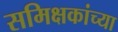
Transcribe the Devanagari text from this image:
समिक्षकांच्या